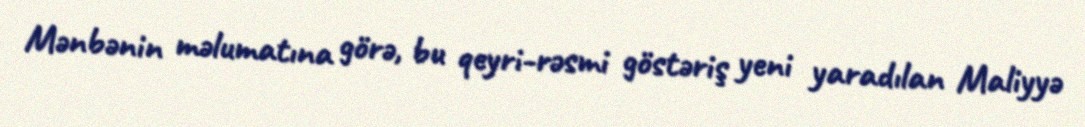
Mənbənin məlumatına görə, bu qeyri-rəsmi göstəriş yeni yaradılan Maliyyə